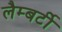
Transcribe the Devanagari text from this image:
लैम्बर्टी